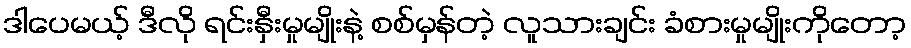
ဒါပေမယ့် ဒီလို ရင်းနှီးမှုမျိုးနဲ့ စစ်မှန်တဲ့ လူသားချင်း ခံစားမှုမျိုးကိုတော့